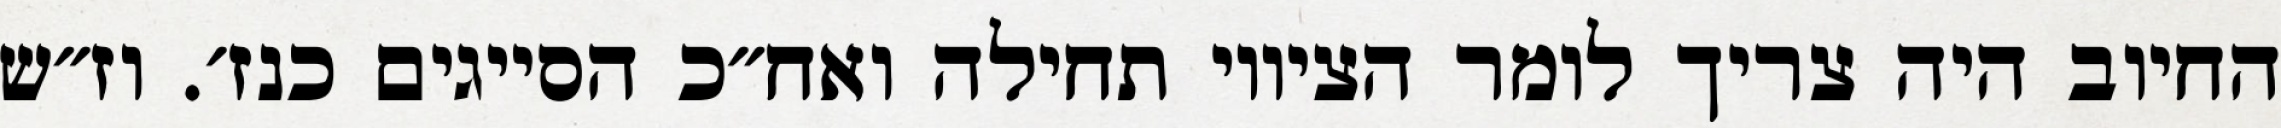
החיוב היה צריך לומר הציווי תחילה ואח״כ הסייגים כנז׳. וז״ש